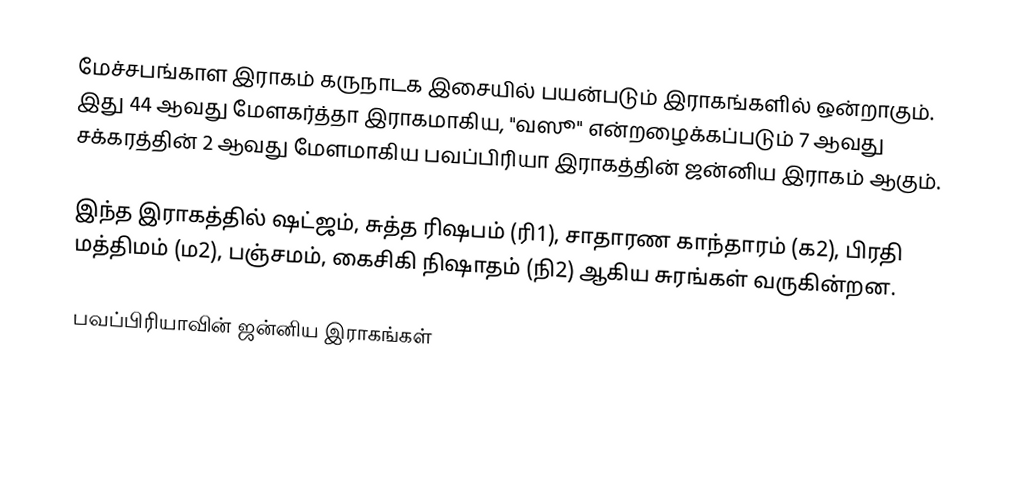
மேச்சபங்காள இராகம் கருநாடக இசையில் பயன்படும் இராகங்களில் ஒன்றாகும். இது 44 ஆவது மேளகர்த்தா இராகமாகிய, "வஸூ" என்றழைக்கப்படும் 7 ஆவது சக்கரத்தின் 2 ஆவது மேளமாகிய பவப்பிரியா இராகத்தின் ஜன்னிய இராகம் ஆகும்.

இந்த இராகத்தில் ஷட்ஜம், சுத்த ரிஷபம் (ரி1), சாதாரண காந்தாரம் (க2), பிரதி மத்திமம் (ம2), பஞ்சமம், கைசிகி நிஷாதம் (நி2) ஆகிய சுரங்கள் வருகின்றன.

பவப்பிரியாவின் ஜன்னிய இராகங்கள்